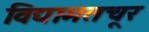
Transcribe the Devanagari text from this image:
विद्यामतचूर